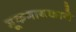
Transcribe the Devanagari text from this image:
मूकनायकाने